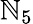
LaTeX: \mathbb{N}_{5}